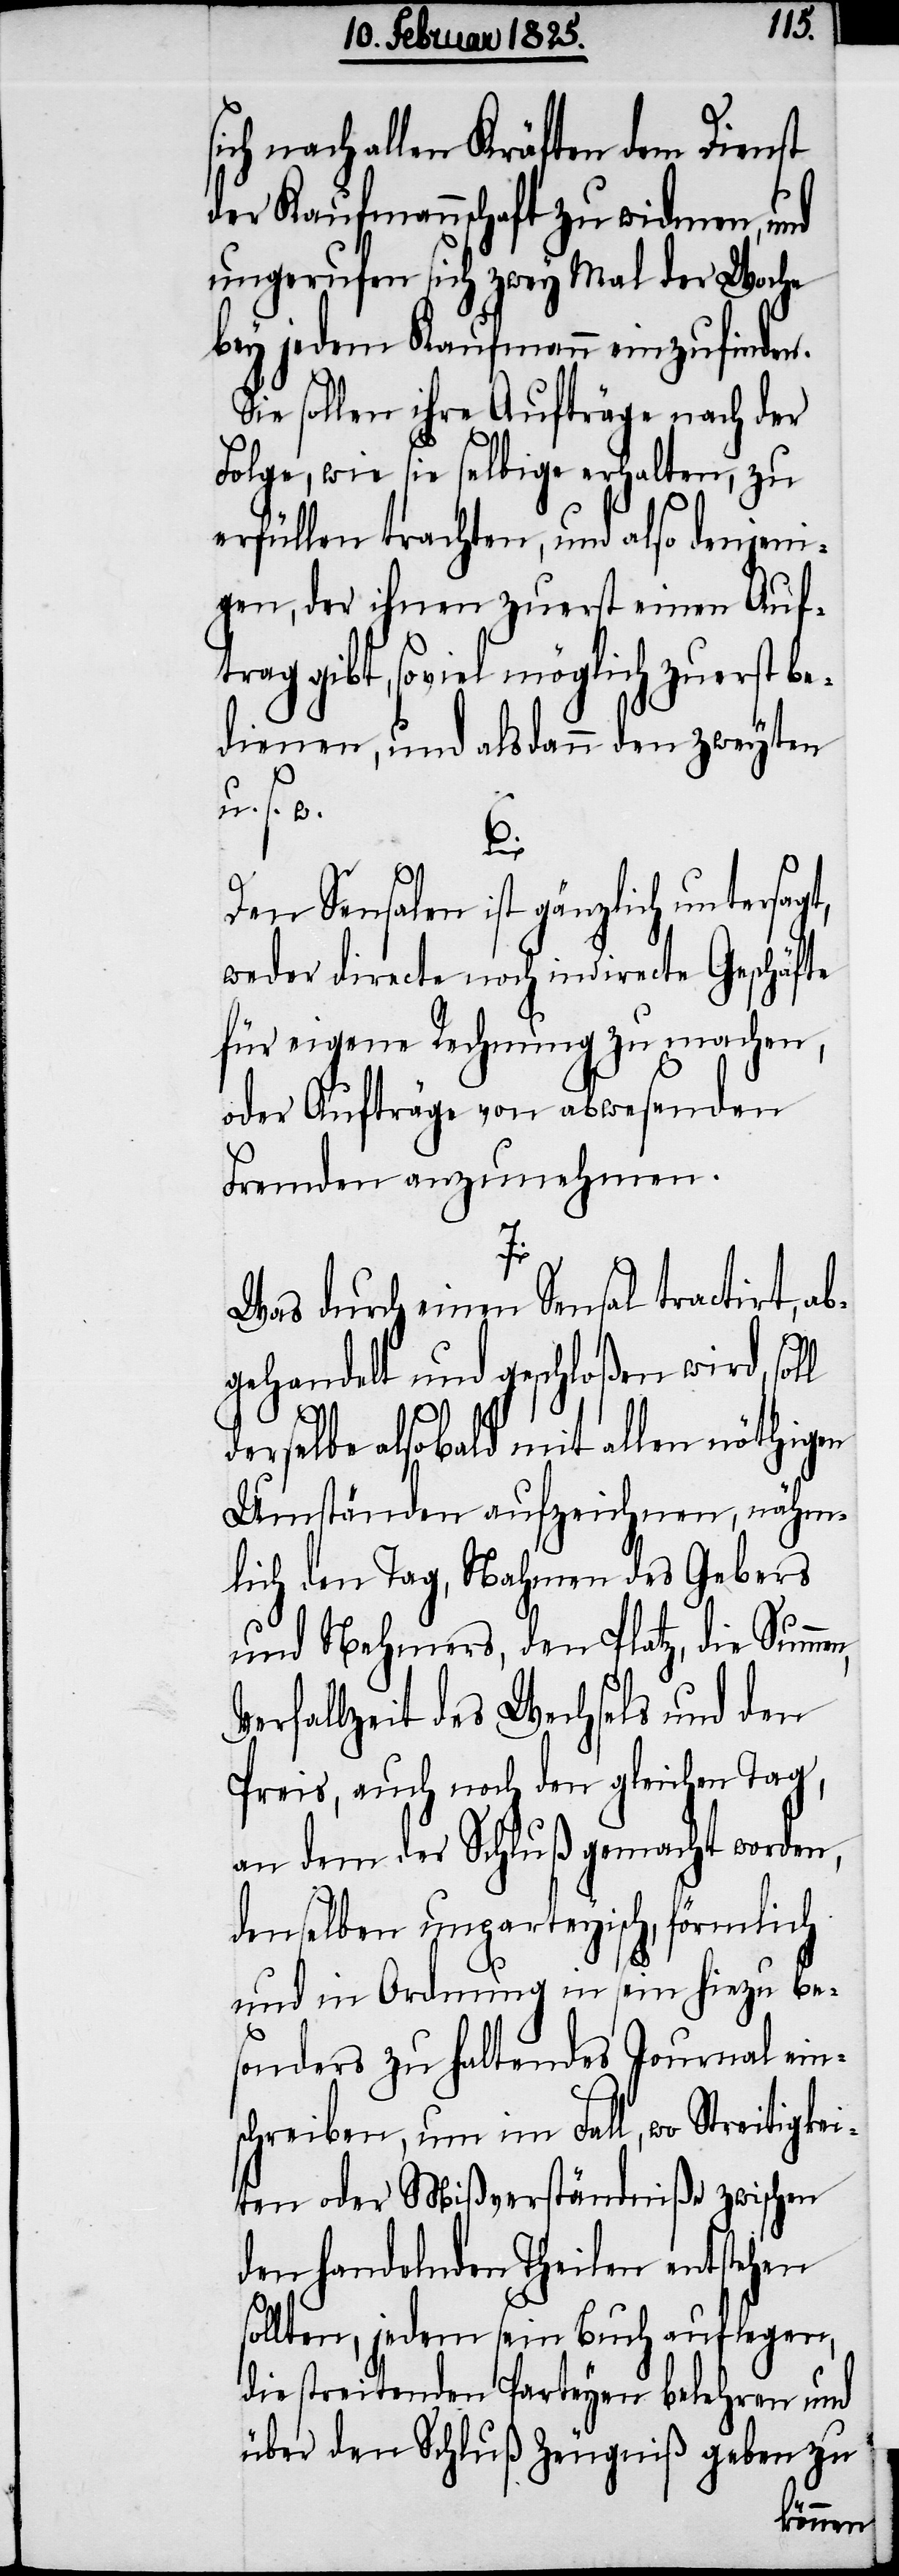
s¬
ich nach allen Kräften dem Dienst
der Kaufmannschaft zu widmen, und
ungerufen sich zwey Mal der Woche
bey jedem Kaufmann einzufinden.
Sie sollen ihre Aufträge nach der
Folge, wie sie selbige erhalten, zu
erfüllen trachten, und also denjeni¬
gen, der ihnen zuerst einen Auf¬
trag gibt, soviel möglich zuerst be¬
dienen, und alsdann den zweyten
u. s. w.
6.
Den Sensalen ist gänzlich untersagt,
weder directe noch indirecte Geschäfte
für eigene Rechnung zu machen,
oder Aufträge von abwesenden
Fremden anzunehmen.
n,
Was durch einen Sensal tractirt, ab¬
gehandelt und geschloßen wird, soll
derselbe alsobald mit allen nöthigen
Umständen aufzeichnen, nähm¬
lich den Tag, Nahmen des Gebers
und Nehmers, den Platz, die Summe¬
Verfallzeit des Wechsels und den
Preis, auch noch den gleichen Tag,
an dem der Schluß gemacht worden,
denselben unparteyisch, förmlich
und in Ordnung in sein hiezu be¬
sonders zu haltendes Journal ein¬
schreiben, um im Fall, wo Streitigkei¬
ten oder Mißverständniße zwischen
den handelnden Theilen entstehen
sollten, jedem sein Buch auflegen,
die streitenden Parteyen belehren und
über den Schluß Zeugniß geben zu